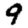
Digit: 9